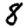
Digit: 8